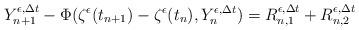
LaTeX: \begin{align*}Y_{n+1}^{\epsilon,\Delta t}-\Phi(\zeta^\epsilon(t_{n+1})-\zeta^\epsilon(t_n),Y_{n}^{\epsilon,\Delta t})=R_{n,1}^{\epsilon,\Delta t}+R_{n,2}^{\epsilon,\Delta t}\end{align*}